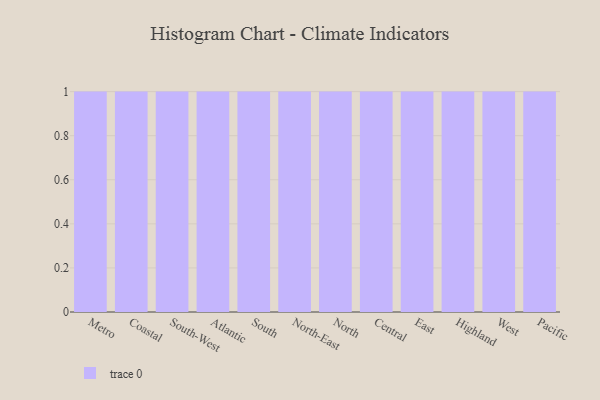
{"axis": {"x": "Region", "y": "Bounce Rate (%)"}, "legend": [""], "data": [{"x": "Metro", "y": 83, "type": ""}, {"x": "Coastal", "y": 53, "type": ""}, {"x": "South-West", "y": 81, "type": ""}, {"x": "Atlantic", "y": 43, "type": ""}, {"x": "South", "y": 23, "type": ""}, {"x": "North-East", "y": 23, "type": ""}, {"x": "North", "y": 37, "type": ""}, {"x": "Central", "y": 97, "type": ""}, {"x": "East", "y": 25, "type": ""}, {"x": "Highland", "y": 79, "type": ""}, {"x": "West", "y": 96, "type": ""}, {"x": "Pacific", "y": 39, "type": ""}]}